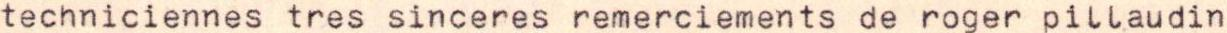
techniciennes tres sinceres remerciements de roger pillaudin